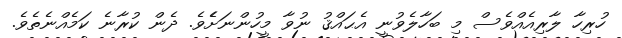
ހުރިހާ ލާރިއެއްވެސް މި ބަހާލެވުނީ އެޙައްޤު ނުވާ މީހުންނަށެެވެ. ދެން ކުރާނެ ކަމެއްނެތެވެ.